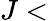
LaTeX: J<